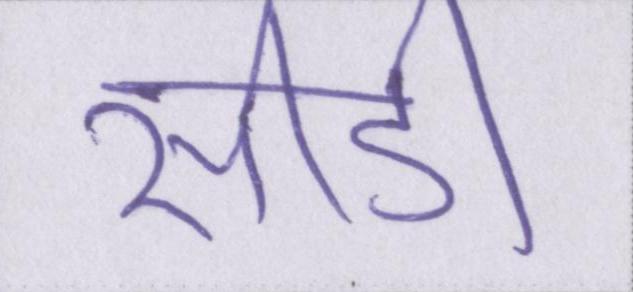
सीडी